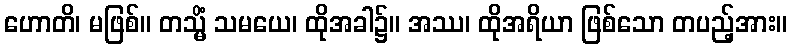
ဟောတိ၊ မဖြစ်။ တသ္မိံ သမယေ၊ ထိုအခါ၌။ အဿ၊ ထိုအရိယာ ဖြစ်သော တပည့်အား။